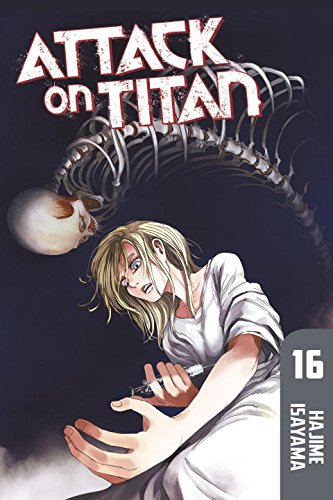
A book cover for Attack on Titan 16; Hajime Isayama; Comics & Graphic Novels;